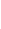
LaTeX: \! \! \! \! \! \! \! \! \! \! \! H\! \! \! \! \! \! \! \! \! \! \! \! (\! \! \! \! \! \! \! \! \! \! \! \! 1\! \! \! \! \! \! \! \! \! \! \! \! ,t\! \! \! \! \! \! \! \! \! \! \! \! )\! \! \! \! \! \! \! \! \! \! \! \! =d\! \! \! \! \! \! \! \! \! \! \! \! \alpha\! \! \! \! \! \! \! \! \! \! \! \! (\! \! \! \! \! \! \! \! \! \! \! \! \theta\! \! \! \! \! \! \! \! \! \! \! \! (s\! \! \! \! \! \! \! \! \! \! \! \! \cdot\! \! \! \! \! \! \! \! \! \! \! \! t\! \! \! \! \! \! \! \! \! \! \! \! )\! \! \! \! \! \! \! \! \! \! \! \! )A\! \! \! \! \! \! \! \! \! \! \! \! (\! \! \! \! \! \! \! \! \! \! \! \! \theta\! \! \! \! \! \! \! \! \! \! \! \! (t\! \! \! \! \! \! \! \! \! \! \! \! )\! \! \! \! \! \! \! \! \! \! \! \! )\! \! \! \! \! \! \! \! \! \! \! \! =\! \! \! \! \! \! \! \! \! \! \! \! \Theta\! \! \! \! \! \! \! \! \! \! \! \! ^{\! }\! \! \! \! \! \! \! \! \! \! \! *\! \! \! \! \! \! \! \! \! \! \! \! (t\! \! \! \! \! \! \! \! \! \! \! \! )\! \! \! \! \! \! \! \! \! \! \!